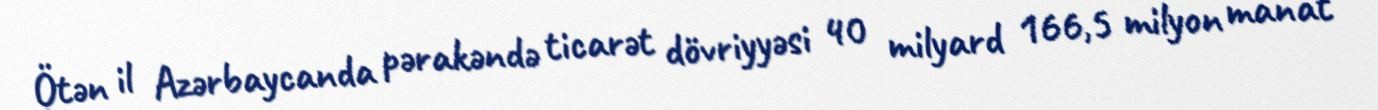
Ötən il Azərbaycanda pərakəndə ticarət dövriyyəsi 40 milyard 166,5 milyon manat